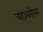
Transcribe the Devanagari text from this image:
चहाबरोबर